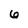
Character: 6